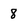
Character: 8